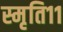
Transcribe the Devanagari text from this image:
स्मृति११